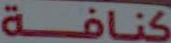
كنافة